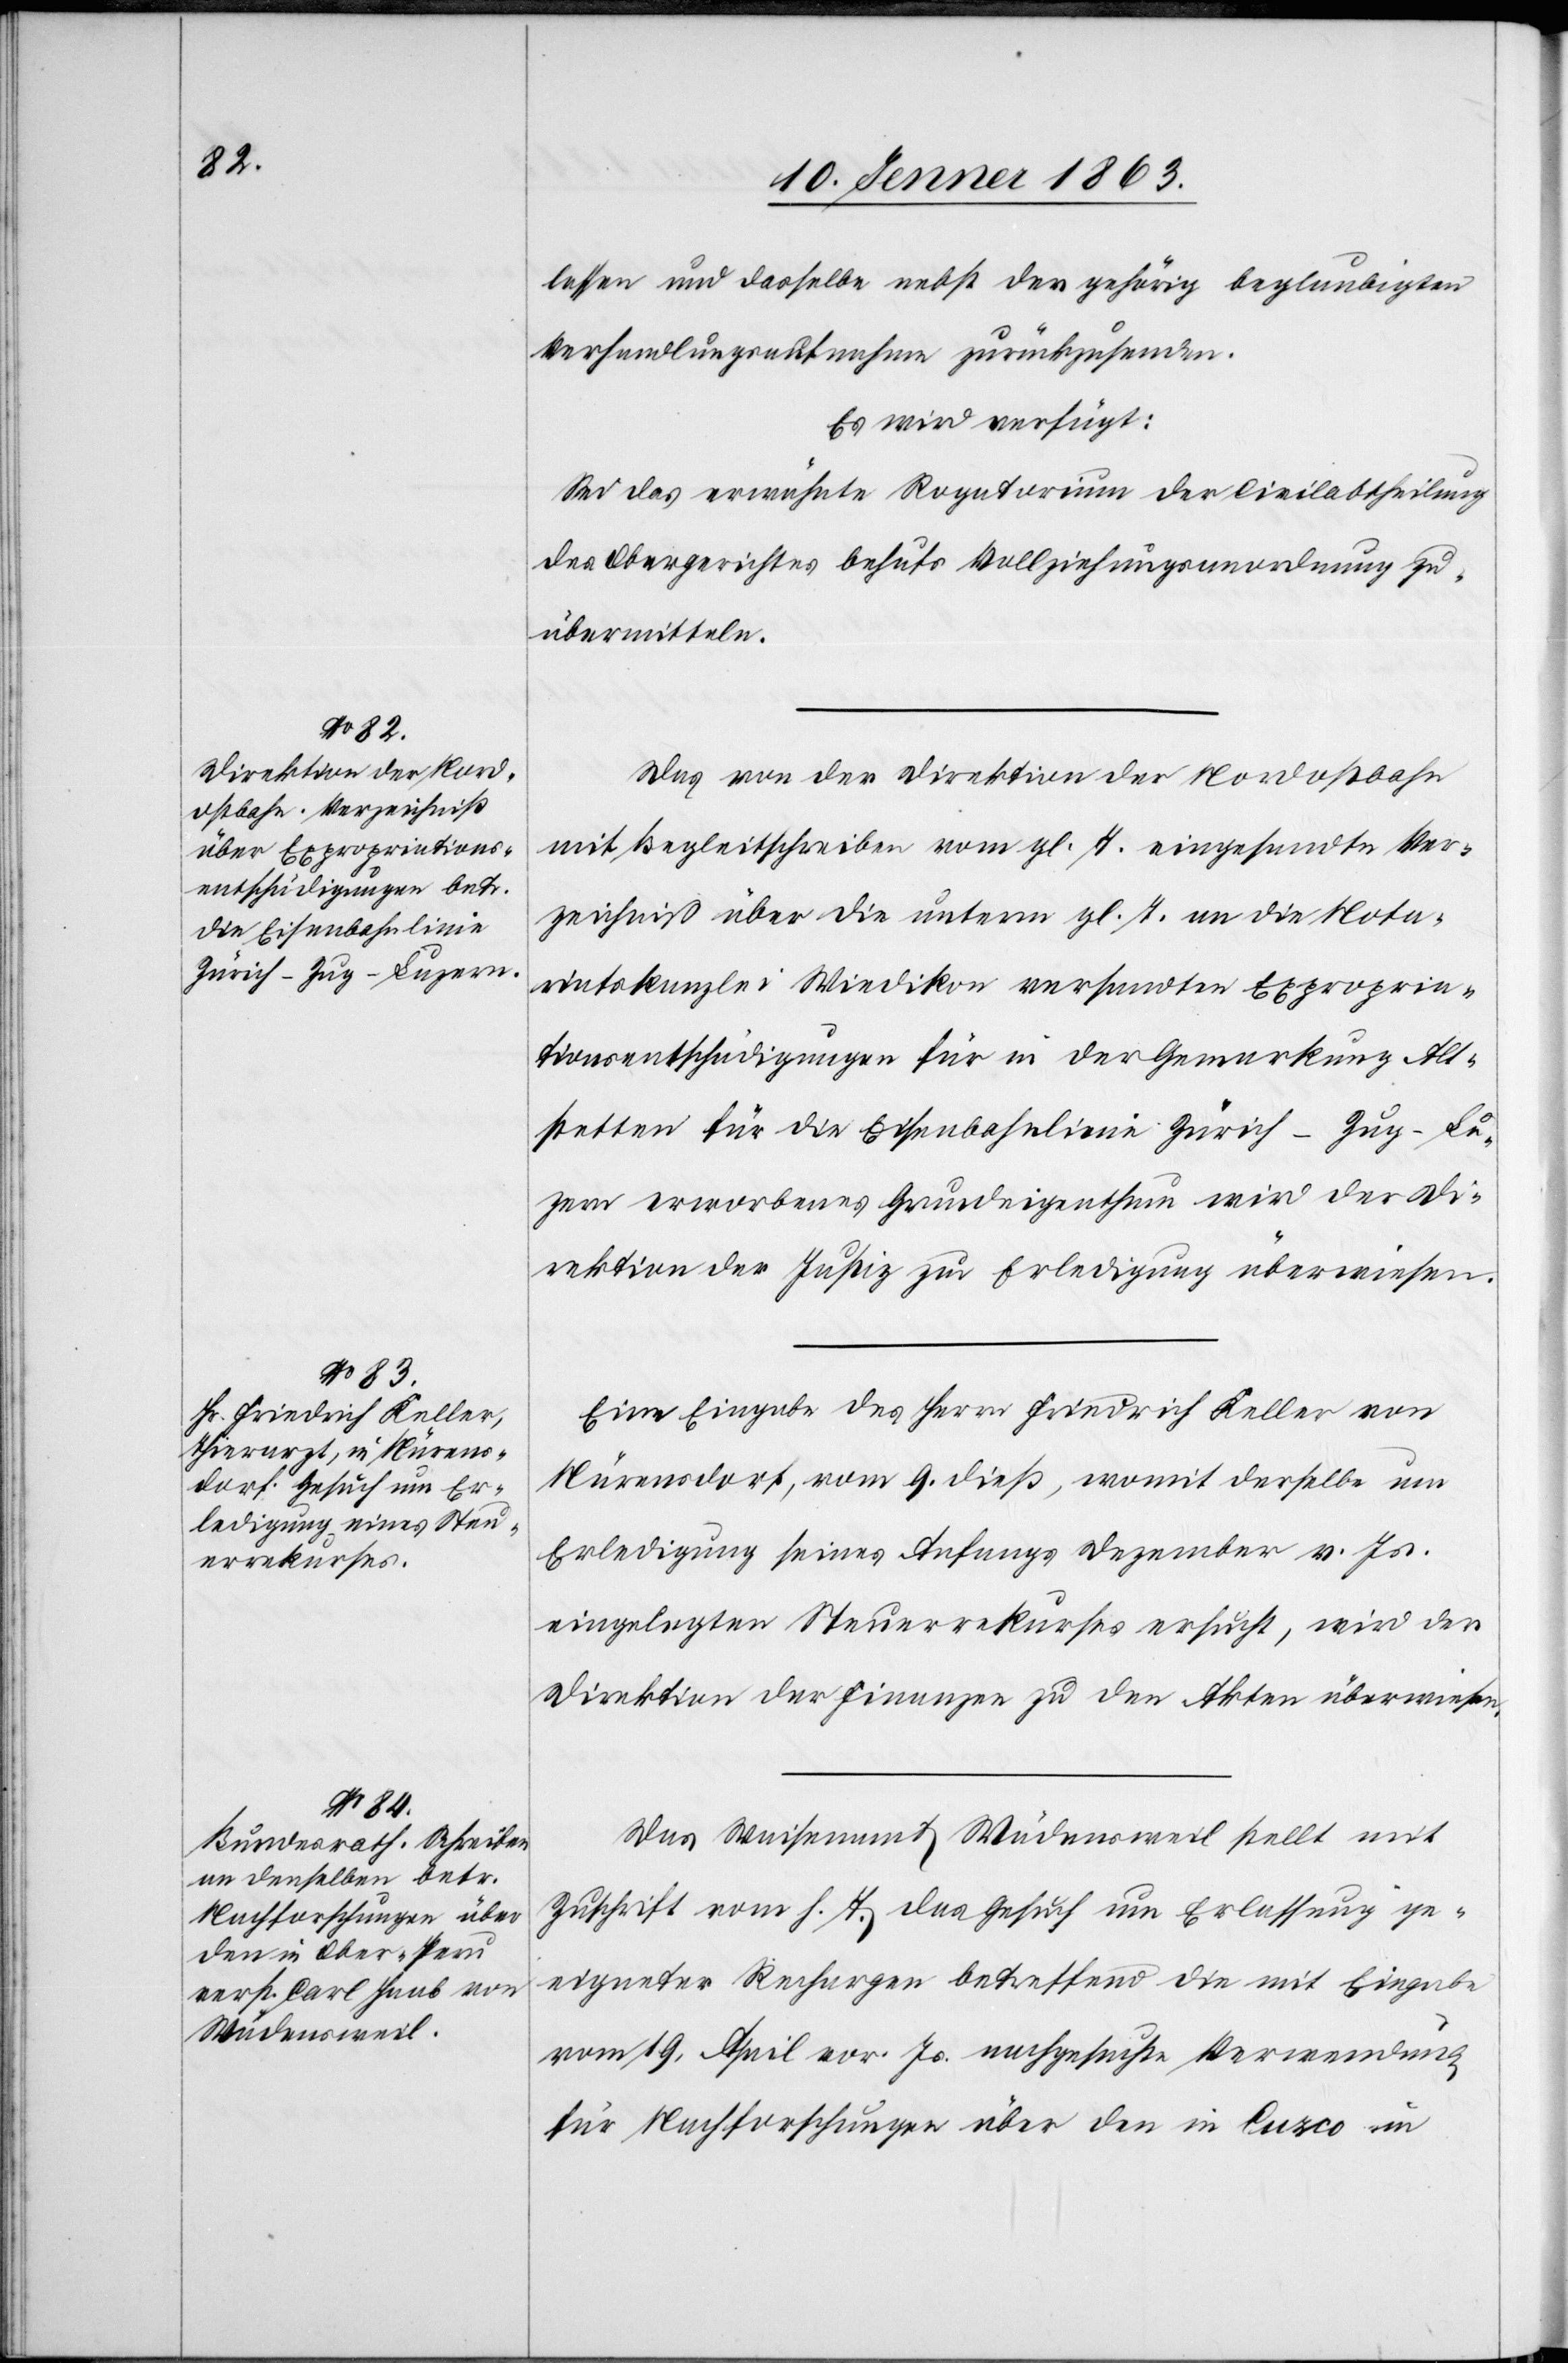
11. Jenner 1863.]
lassen und dasselbe nebst der gehörig beglaubigten
Verhandlungsaufnahme zurückzusenden.
Es wird verfügt:
Sei das erwünschte Rogatorium der Civilabtheilung
des Obergerichtes behufs Vollziehungsanordnung zu
übermitteln.
Das von der Direktion der Nordostbahn
mit Begleitschreiben vom gl. T. eingesandte Ver¬
zeichniß über die unterm gl. T. an die Nota¬
riatskanzlei Wiedikon versandten Expropria¬
tionsentschädigungen für in der Gemarkung Alt¬
stetten für die Eisenbahnlinie Zürich–Zug–Lu¬
zern erworbenes Grundeigenthum wird der Di¬
rektion der Justiz zur Erledigung überwiesen.
Eine Eingabe des Herrn Friedrich Keller von
Nürensdorf, vom 9. dieß, womit derselbe um
Erledigung seines Anfangs Dezember v. Js.
eingelegten Steuerrekurses ersucht, wird der
Direktion der Finanzen zu den Akten überwiesen.
Das Waisenamt Wädensweil stellt mit
Zuschrift vom h. T. das Gesuch um Erlassung ge¬
eigneter Rechargen betreffend die mit Eingabe
vom 19. April vor. Js. nachgesuchte Verwendung
für Nachforschungen über den in Cuzco in